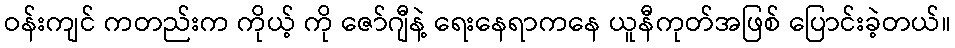
ဝန်းကျင် ကတည်းက ကိုယ့် ကို ဇော်ဂျီနဲ့ ရေးနေရာကနေ ယူနီကုတ်အဖြစ် ပြောင်းခဲ့တယ်။